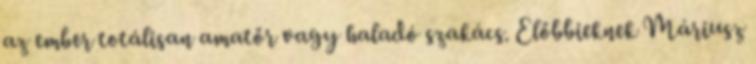
az ember totálisan amatőr vagy haladó szakács. Előbbieknek Máriusz